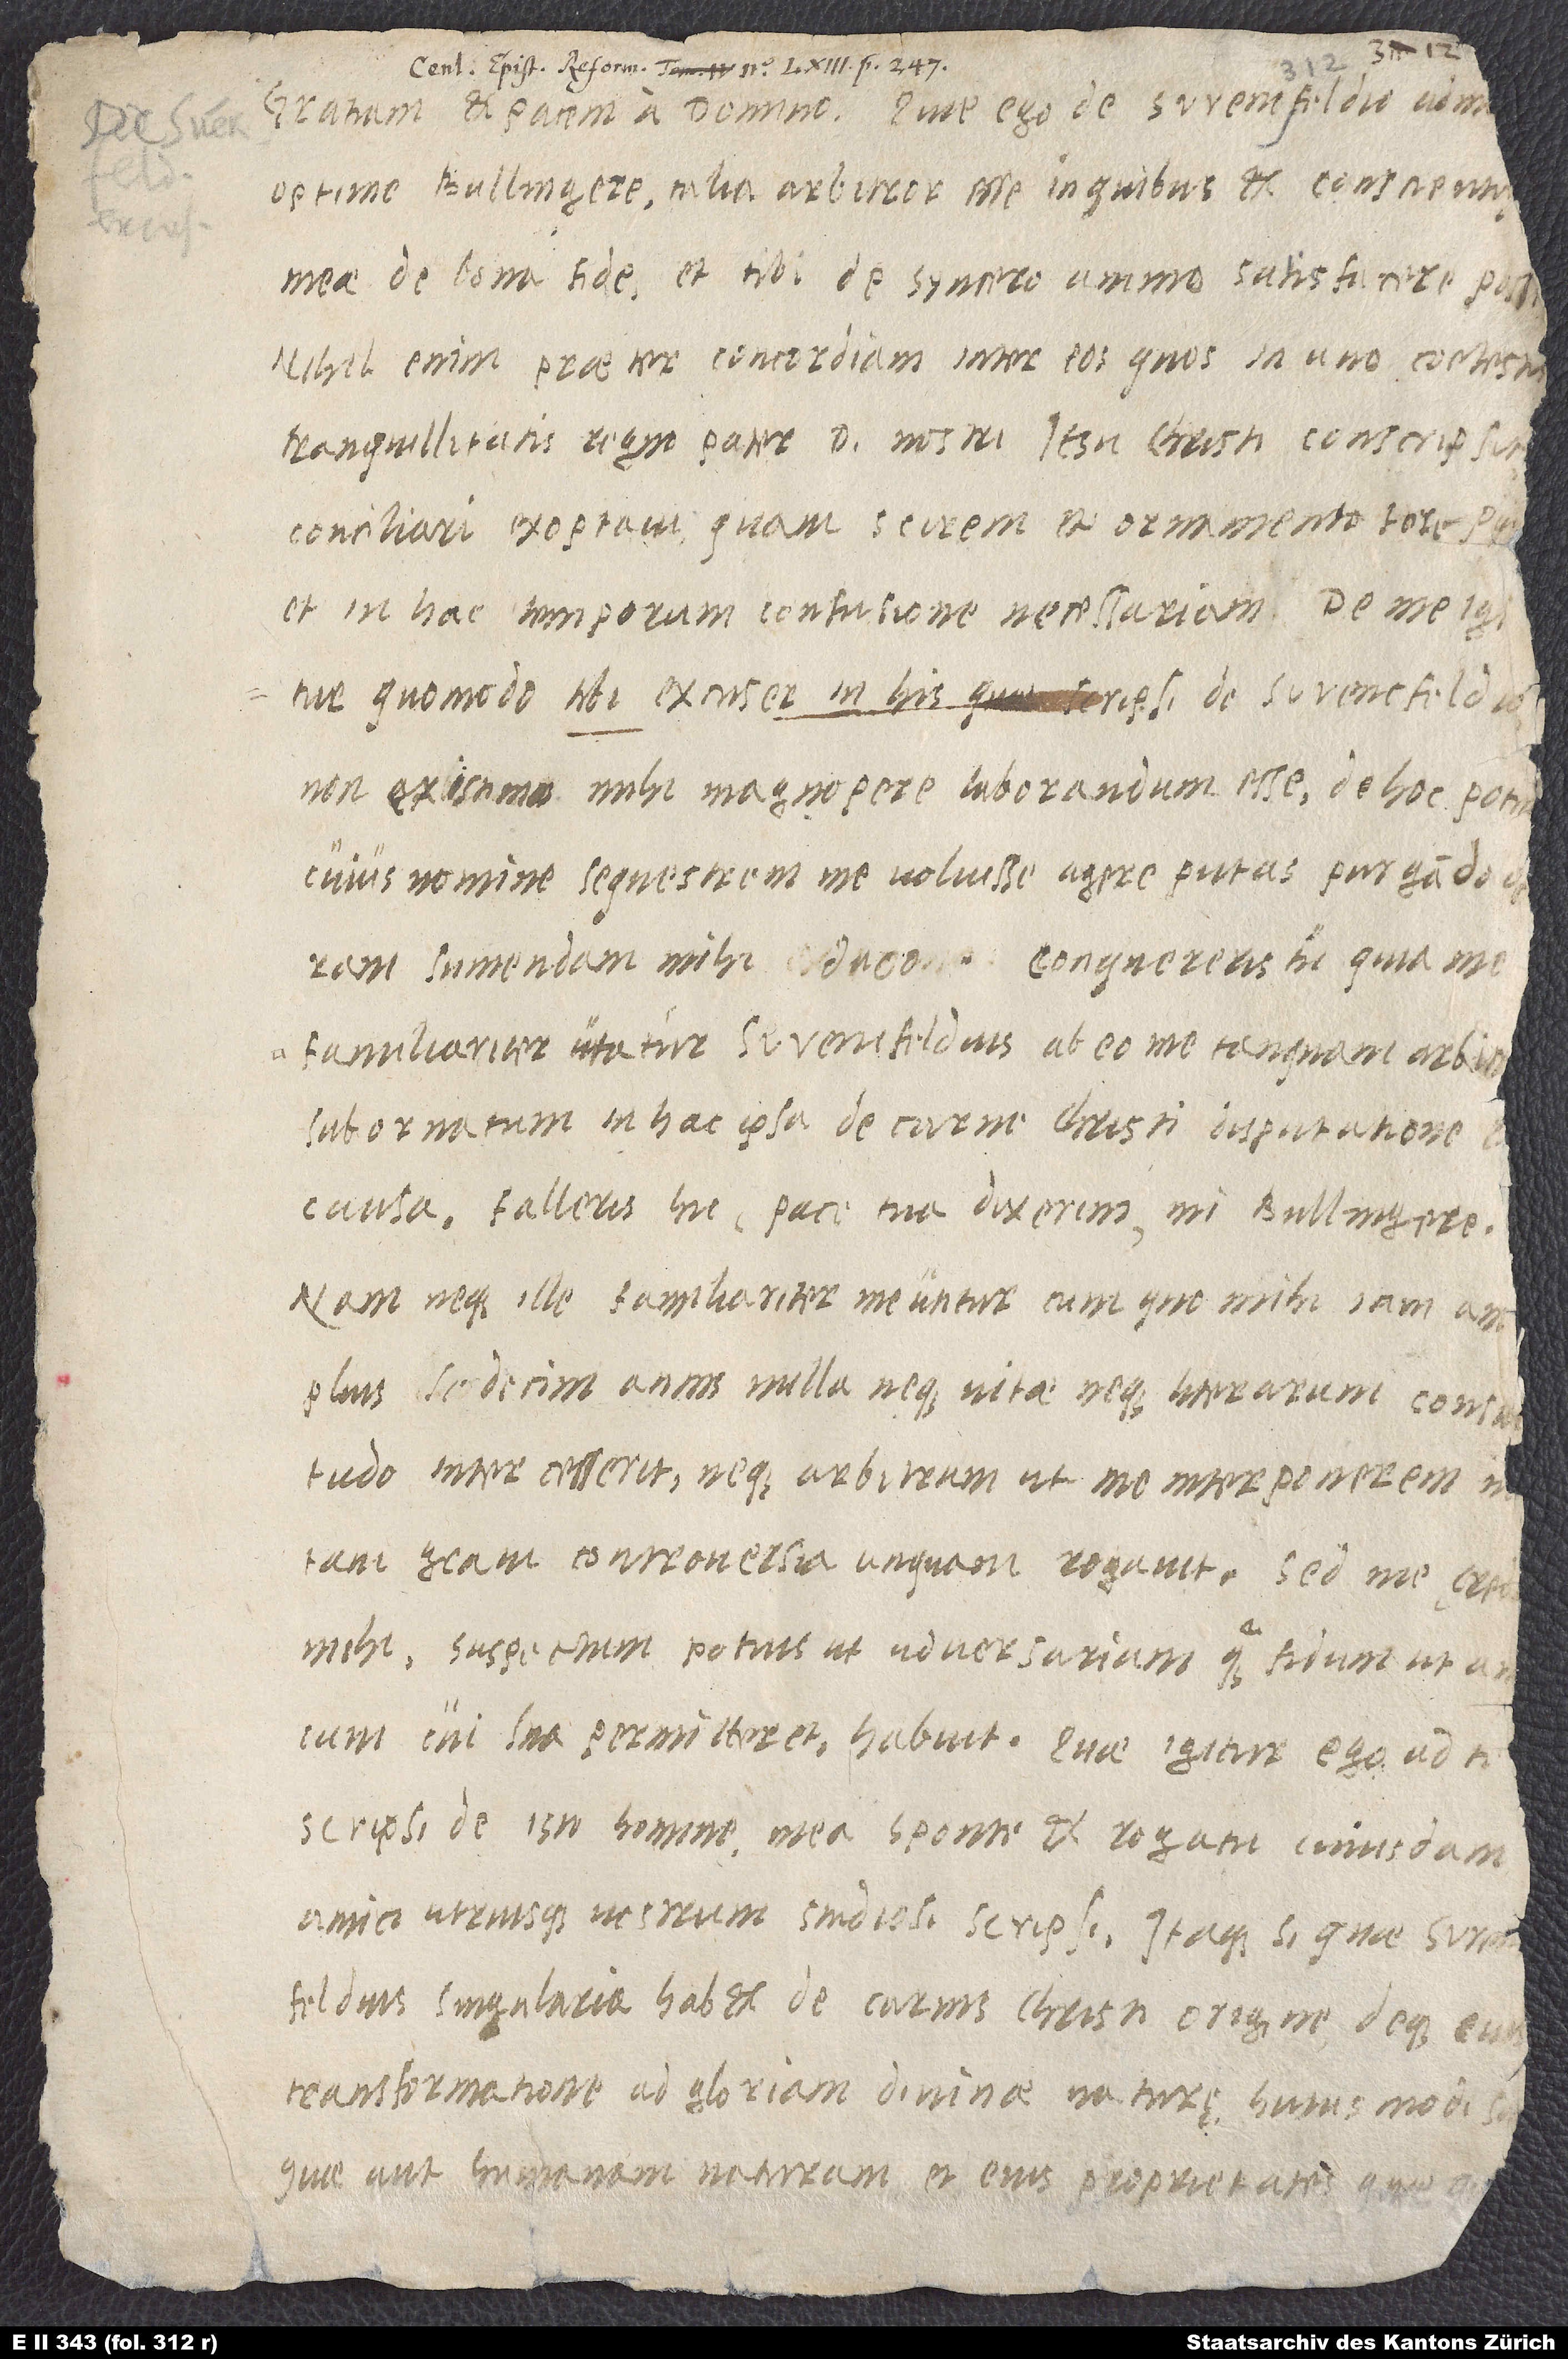
Gratiam et pacem a domino. Quae ego de Swencfeldio admonui,
optime Bullingere, talia arbitror esse, in quibus et conscientię
meae de bona fide et tibi de syncero animo satisfacere possim.
Nihil enim praeter concordiam inter eos, quos in uno coelestis
tranquillitatis regno pater domini nostri Iesu Christi conscripsit,
conciliari exoptavi; quam scirem et ornamento fore piicum,
cui sua permitteret, habuit. Quae igitur ego ad te
scripsi de isto homine mea sponte et rogatu cuiusdam
amici, utriusque vestrum studiosi, scripsi. Itaque si, quae Swen